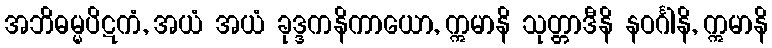
အဘိဓမ္မပိဋကံ, အယံ အယံ ခုဒ္ဒကနိကာယော, ဣမာနိ သုတ္တာဒီနိ နဝင်္ဂါနိ, ဣမာနိ